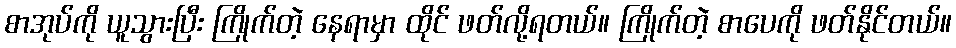
စာအုပ်ကို ယူသွားပြီး ကြိုက်တဲ့ နေရာမှာ ထိုင် ဖတ်လို့ရတယ်။ ကြိုက်တဲ့ စာပေကို ဖတ်နိုင်တယ်။